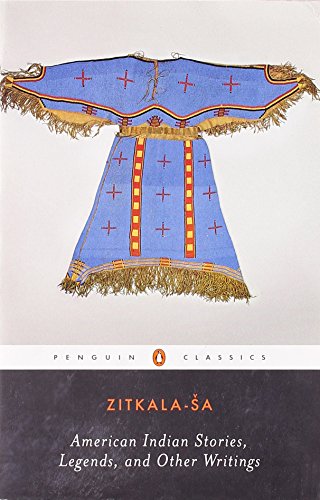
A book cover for American Indian Stories, Legends, and Other Writings (Penguin Classics); Zitkala-Sa; Literature & Fiction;